Vaccination report Assam 1896-1927 - 1896-1927
Year: 1896
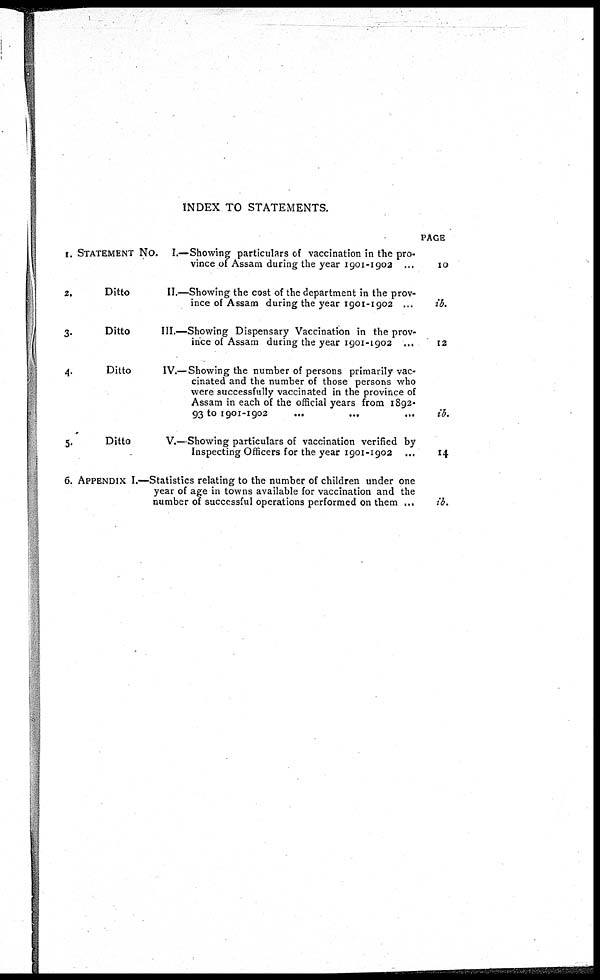
INDEX TO STATEMENTS.
1.
2.
3.
4.
5.
6.
STATEMENT NO. I.—Showing particulars of vaccination in the pro-
vince of Assam during the year 1901-1902 ...
Ditto
II.—Showing the cost of the department in the prov-
ince of Assam during the year 1901-1902 ...
Ditto
III.—Showing Dispensary Vaccination in the prov-
ince of Assam during the year 1901-1902 ...
Ditto
IV.—Showing the number of persons primarily vac-
cinated and the number of those persons who
were successfully vaccinated in the province of
Assam in each of the official years from 1892-
93 to 1901-1902
...
...
...
Ditto
V.—Showing particulars of vaccination verified by
Inspecting Officers for the year 1901-1902 ...
APPENDIX I.—Statistics relating to the number of children under one
year of age in towns available for vaccination and the
number of successful operations performed on them ...
PAGE
10
ib.
12
ib.
14
ib.